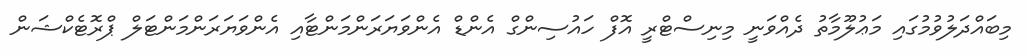
މިބައްދަލުވުމުގައި މަޢުލޫމާތު ދެއްވަނީ މިނިސްޓްރީ އޮފް ހައުސިންގް އެންޑް އެންވަޔަރަންމަންޓާއި އެންވަޔަރަންމަންޓަލް ޕްރޮޓެކްޝަން